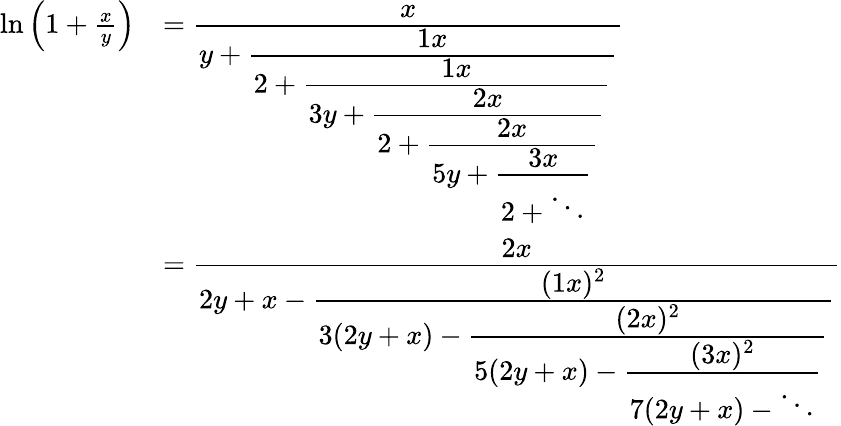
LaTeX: {\begin{array}{rl}{\ln\left(1+{\frac{x}{y}}\right)}&{={\cfrac{x}{y+{\cfrac{1x}{2+{\cfrac{1x}{3y+{\cfrac{2x}{2+{\cfrac{2x}{5y+{\cfrac{3x}{2+\ddots}}}}}}}}}}}}}\\ &{={\cfrac{2x}{2y+x-{\cfrac{(1x)^{2}}{3(2y+x)-{\cfrac{(2x)^{2}}{5(2y+x)-{\cfrac{(3x)^{2}}{7(2y+x)-\ddots}}}}}}}}}\end{array}}